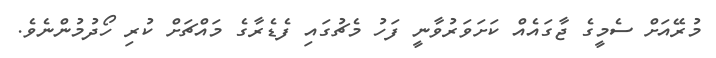
މުރޭއަށް ސެމީގެ ޖާގައެއް ކަށަވަރުވާނީ ފަހު މެޗުގައި ފެޑެރާގެ މައްޗަށް ކުރި ހޯދުމުންނެވެ.